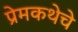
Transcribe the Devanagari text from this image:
प्रेमकथेचे